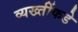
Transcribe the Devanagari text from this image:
व्यख्तींकडे